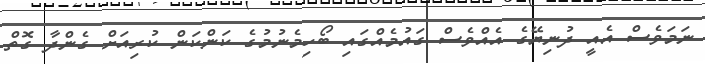
ނަމަވެސް އެއީ ދުނިޔޭގެ އެއްވެސް ގައުމެއްގައި ބޯހިމެނުމުގެ ކަންކަން ކުރިއަށް ގެންދާ ގޮތް